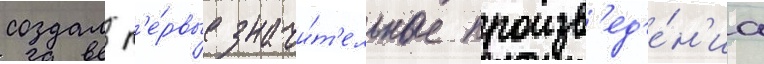
создал п'е́рвые значи́т'ельные произв'ед'е́н'иа